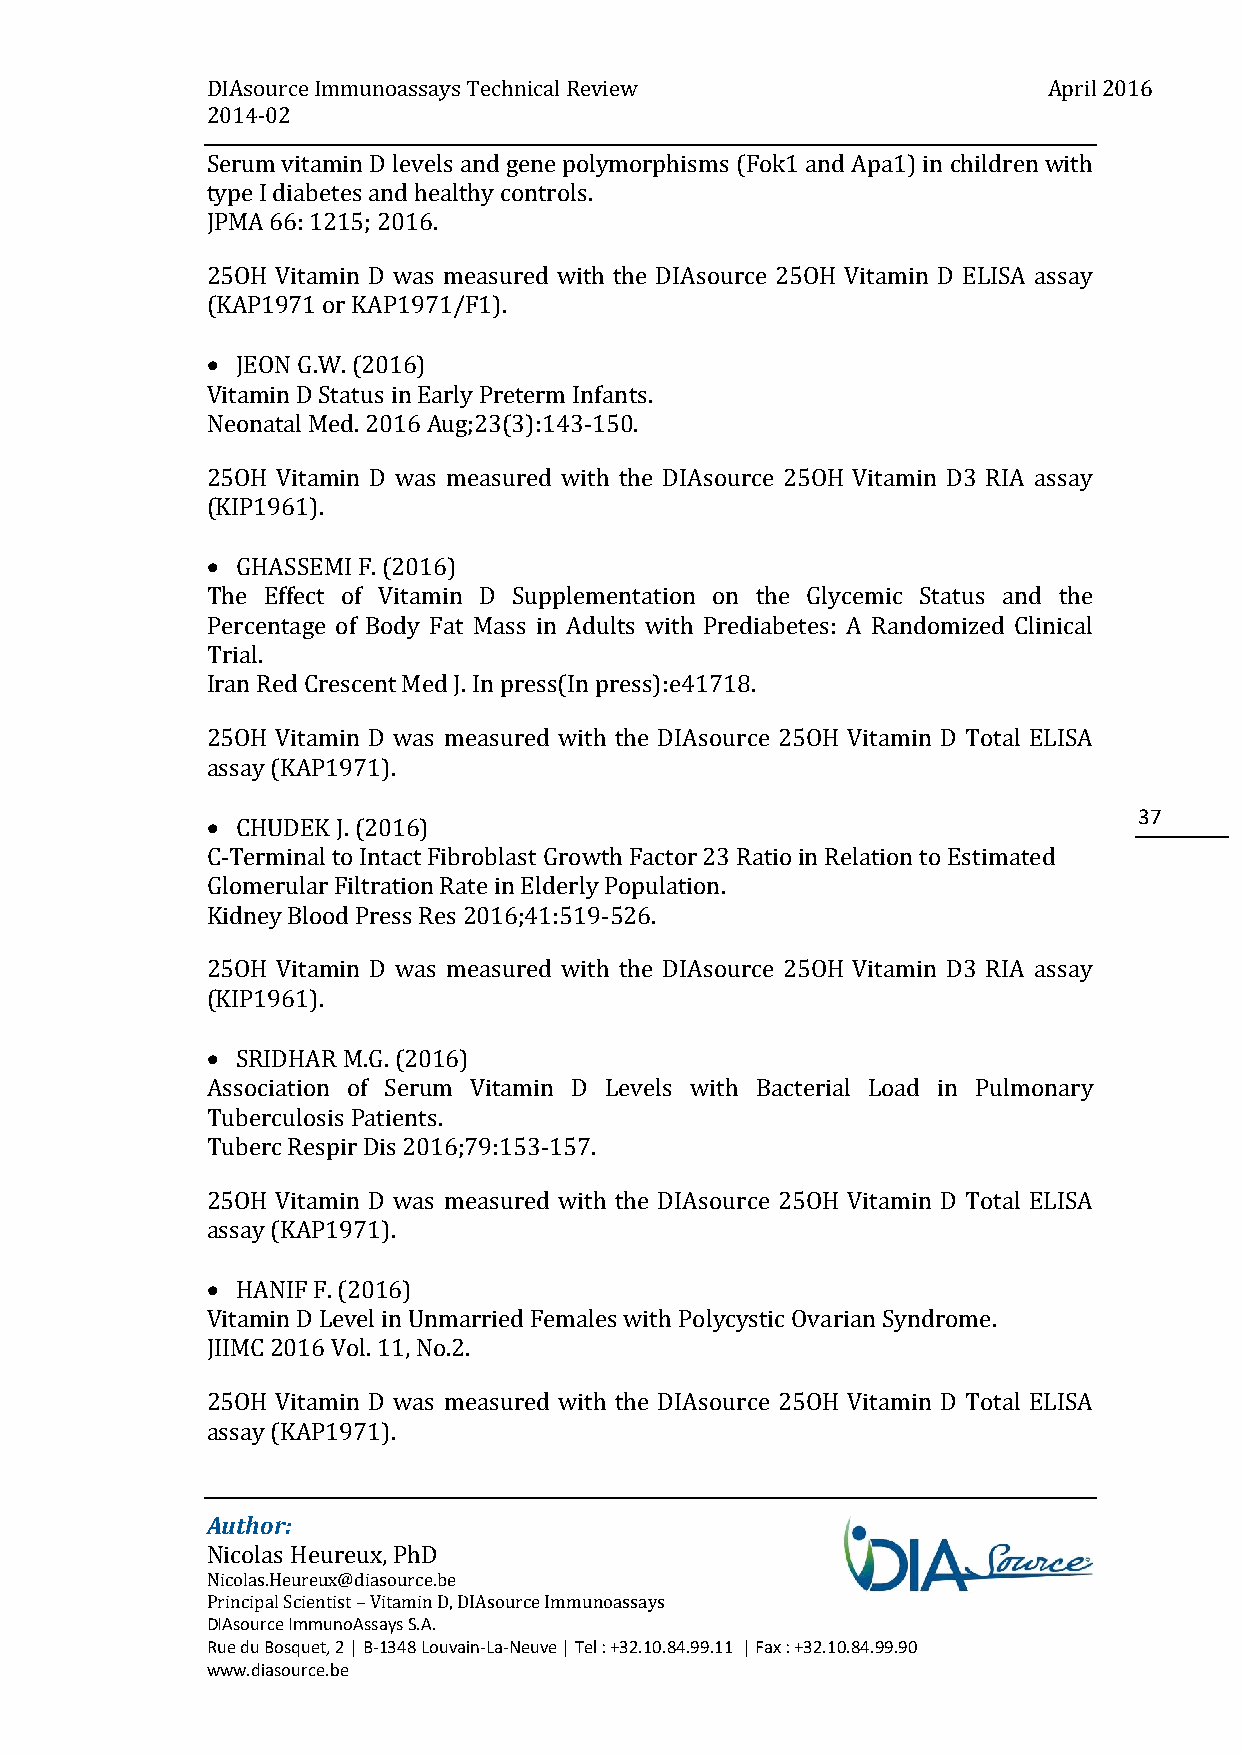
DIAsource Immunoassays Technical Review                April 2016
 2014-02
 Serum vitamin D levels and gene polymorphisms (Fok1 and Apa1) in children with
 type I diabetes and healthy controls.
 JPMA 66: 1215; 2016.
 25OH Vitamin D was measured with the DIAsource 25OH Vitamin D ELISA assay
 (KAP1971 or KAP1971/F1).
  JEON G.W. (2016)
 Vitamin D Status in Early Preterm Infants.
 Neonatal Med. 2016 Aug;23(3):143-150.
 25OH Vitamin D was measured with the DIAsource 25OH Vitamin D3 RIA assay
 (KIP1961).
  GHASSEMI F. (2016)
 The Effect of Vitamin D Supplementation on the Glycemic Status and the
 Percentage of Body Fat Mass in Adults with Prediabetes: A Randomized Clinical
 Trial.
 Iran Red Crescent Med J. In press(In press):e41718.
 25OH Vitamin D was measured with the DIAsource 25OH Vitamin D Total ELISA
 assay (KAP1971).
 37
  CHUDEK J. (2016)
 C-Terminal to Intact Fibroblast Growth Factor 23 Ratio in Relation to Estimated
 Glomerular Filtration Rate in Elderly Population.
 Kidney Blood Press Res 2016;41:519-526.
 25OH Vitamin D was measured with the DIAsource 25OH Vitamin D3 RIA assay
 (KIP1961).
  SRIDHAR M.G. (2016)
 Association of Serum Vitamin D Levels with Bacterial Load in Pulmonary
 Tuberculosis Patients.
 Tuberc Respir Dis 2016;79:153-157.
 25OH Vitamin D was measured with the DIAsource 25OH Vitamin D Total ELISA
 assay (KAP1971).
  HANIF F. (2016)
 Vitamin D Level in Unmarried Females with Polycystic Ovarian Syndrome.
 JIIMC 2016 Vol. 11, No.2.
 25OH Vitamin D was measured with the DIAsource 25OH Vitamin D Total ELISA
 assay (KAP1971).
 Author:
 Nicolas Heureux, PhD
 Nicolas.Heureux@diasource.be
 Principal Scientist – Vitamin D, DIAsource Immunoassays
 DIAsource ImmunoAssays S.A.
 Rue du Bosquet, 2 | B-1348 Louvain-La-Neuve | Tel : +32.10.84.99.11 | Fax : +32.10.84.99.90
 www.diasource.be